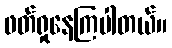
ဖတ်ရှုနေကြပါတယ်။